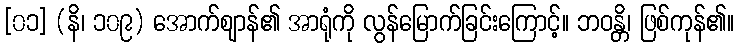
[၀၁] (နိ၊ ၁၀၉) အောက်ဈာန်၏ အာရုံကို လွန်မြောက်ခြင်းကြောင့်။ ဘဝန္တိ၊ ဖြစ်ကုန်၏။